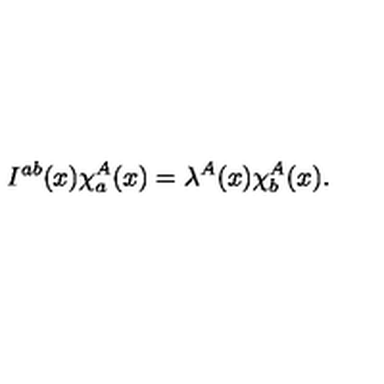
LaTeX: I ^ { a b } ( x ) \chi _ { a } ^ { A } ( x ) = \lambda ^ { A } ( x ) \chi _ { b } ^ { A } ( x ) .